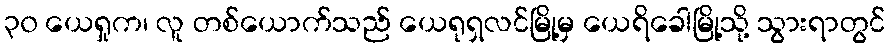
၃၀ ယေရှုက၊ လူ တစ်ယောက်သည် ယေရုရှလင်မြို့မှ ယေရိခေါမြို့သို့ သွားရာတွင်